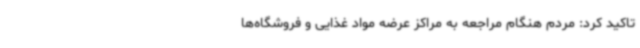
تاکید کرد: مردم هنگام مراجعه به مراکز عرضه مواد غذایی و فروشگاه‌ها